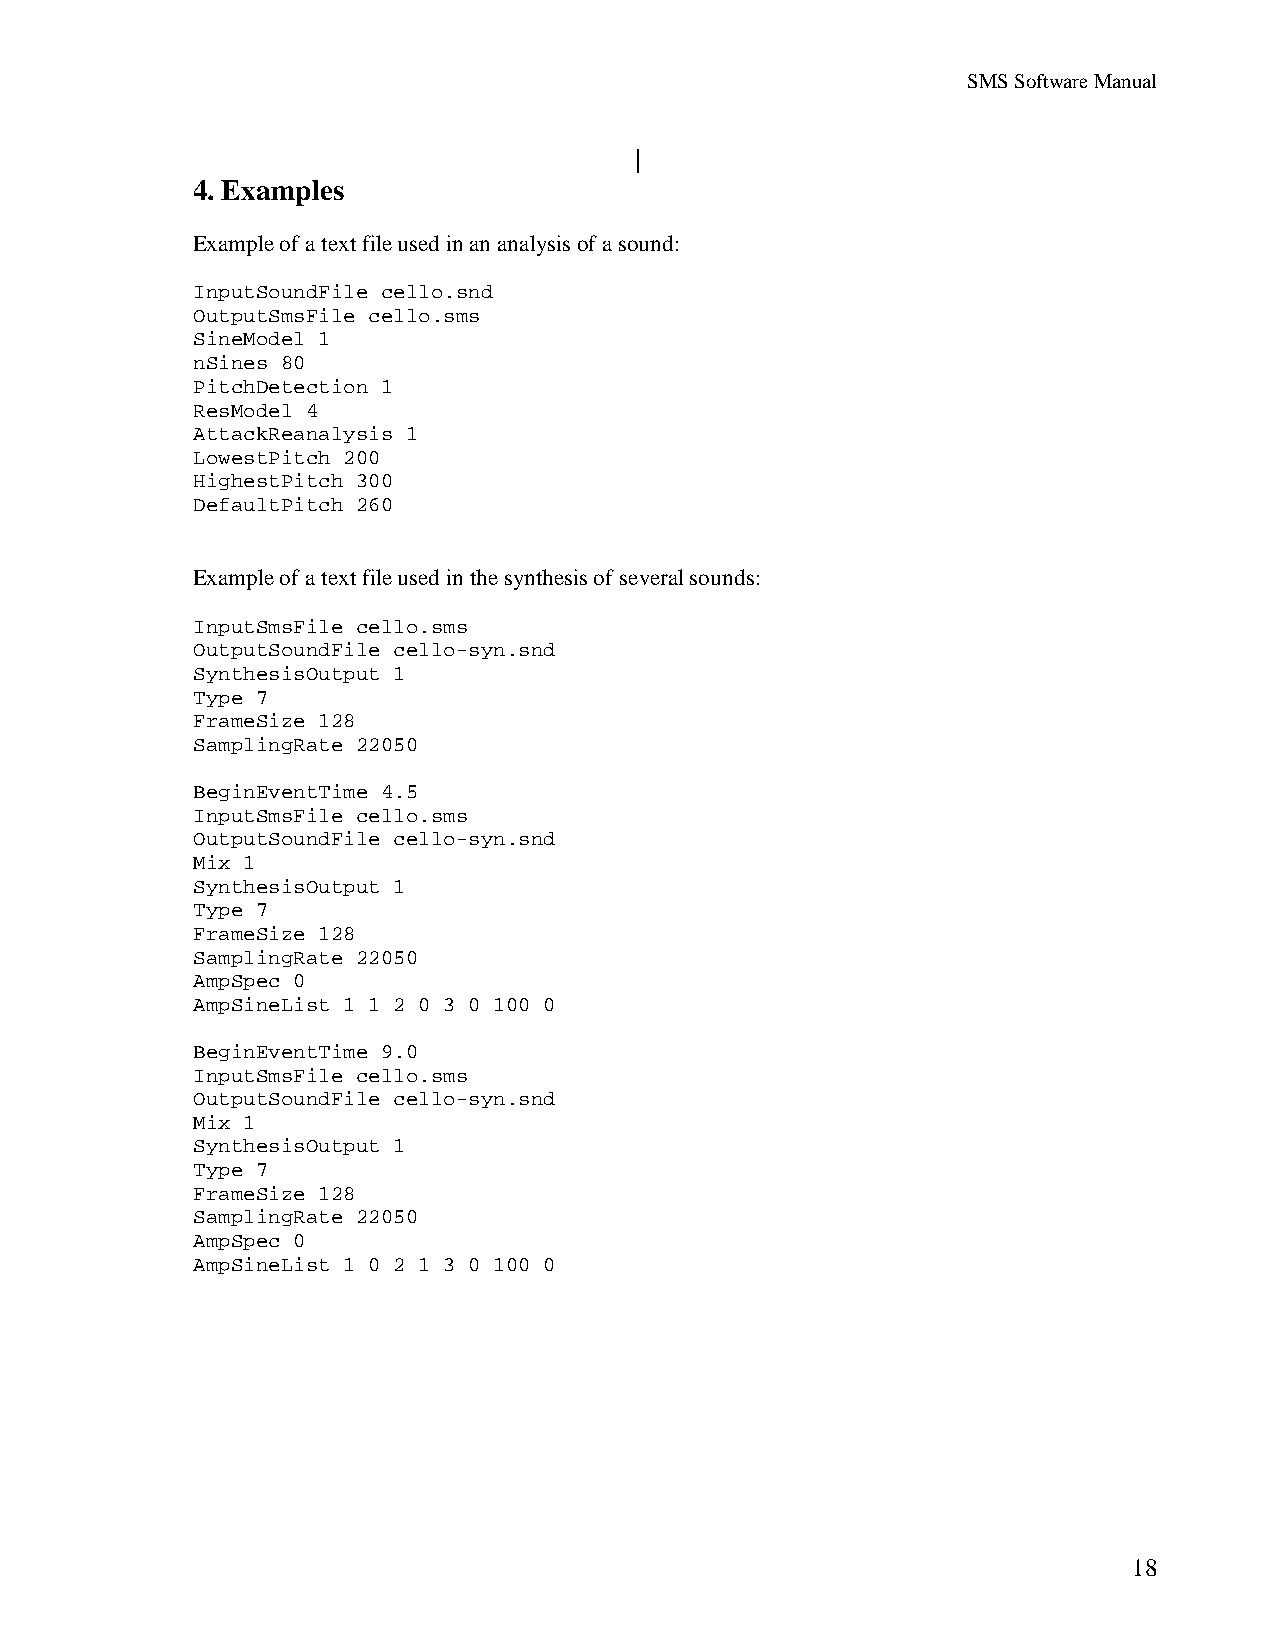
SMS Software Manual
 4. Examples
 Example of a text file used in an analysis of a sound:
 InputSoundFile cello.snd
 OutputSmsFile cello.sms
 SineModel 1
 nSines 80
 PitchDetection 1
 ResModel 4
 AttackReanalysis 1
 LowestPitch 200
 HighestPitch 300
 DefaultPitch 260
 Example of a text file used in the synthesis of several sounds:
 InputSmsFile cello.sms
 OutputSoundFile cello-syn.snd
 SynthesisOutput 1
 Type 7
 FrameSize 128
 SamplingRate 22050
 BeginEventTime 4.5
 InputSmsFile cello.sms
 OutputSoundFile cello-syn.snd
 Mix 1
 SynthesisOutput 1
 Type 7
 FrameSize 128
 SamplingRate 22050
 AmpSpec 0
 AmpSineList 1 1 2 0 3 0 100 0
 BeginEventTime 9.0
 InputSmsFile cello.sms
 OutputSoundFile cello-syn.snd
 Mix 1
 SynthesisOutput 1
 Type 7
 FrameSize 128
 SamplingRate 22050
 AmpSpec 0
 AmpSineList 1 0 2 1 3 0 100 0
 18